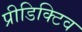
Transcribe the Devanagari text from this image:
प्रीडिक्टिव